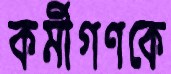
কর্মীগণকে